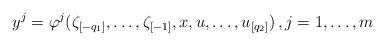
LaTeX: \begin{align*}y^{j}=\varphi^{j}(\zeta_{[-q_{1}]},\dots,\zeta_{[-1]},x,u,\dots,u_{[q_{2}]})\,,j=1,\ldots,m\end{align*}